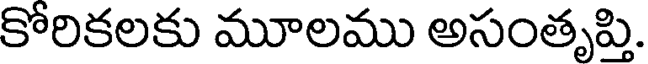
కోరికలకు మూలము అసంతృప్తి.